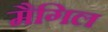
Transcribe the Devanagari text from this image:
मैगिल